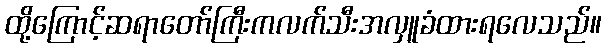
ထို့ကြောင့်ဆရာတော်ကြီးကလက်သီးအလှူခံထားရလေသည်။